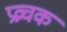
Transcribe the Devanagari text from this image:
प्रव्रचक